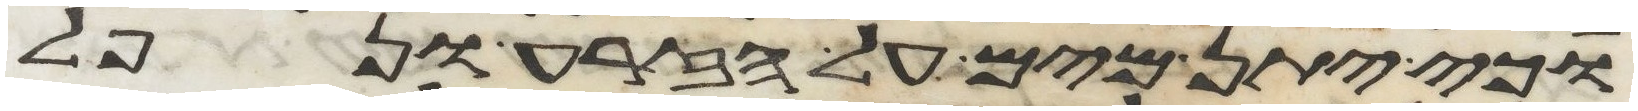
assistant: וכי יתן מים על הזרע ונפל